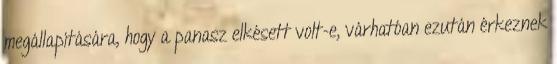
megállapítására, hogy a panasz elkésett volt-e, várhatóan ezután érkeznek